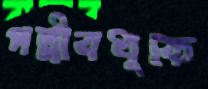
পল্লীবধূকে